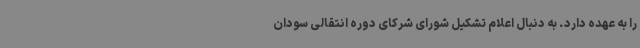
را به عهده دارد. به دنبال اعلام تشکیل شورای شرکای دوره انتقالی سودان